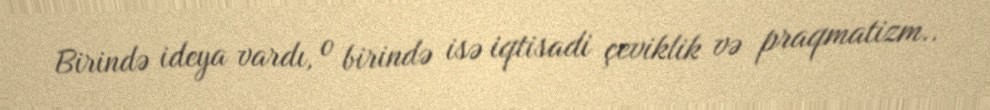
Birində ideya vardı, o birində isə iqtisadi çeviklik və praqmatizm..